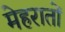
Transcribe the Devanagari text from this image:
मेहरातों